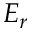
E _ { r }